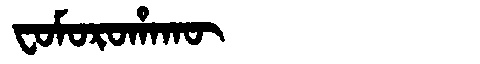
Manchu: ᠸᠣᠮᠣᡵᠣᡥᠠᡴᡡ
Romanization: FOMOROHAKŪ